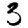
Digit: 3